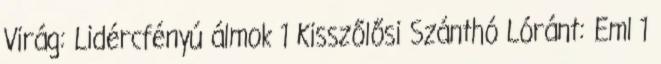
Virág: Lidércfényú álmok 1 Kisszőlősi Szánthó Lóránt: Eml 1